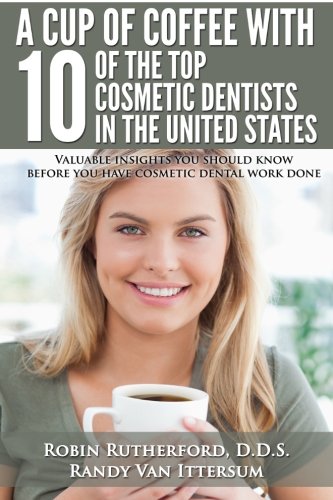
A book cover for A Cup Of Coffee With 10 Of The Top Cosmetic Dentists In The United States: Valuable insights you should know before you have cosmetic dental work done; Robin Rutherford D.D.S.; Medical Books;